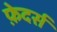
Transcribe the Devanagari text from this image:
फ़ेदर्स